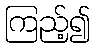
ကြည့်၍